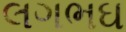
લગભઘ